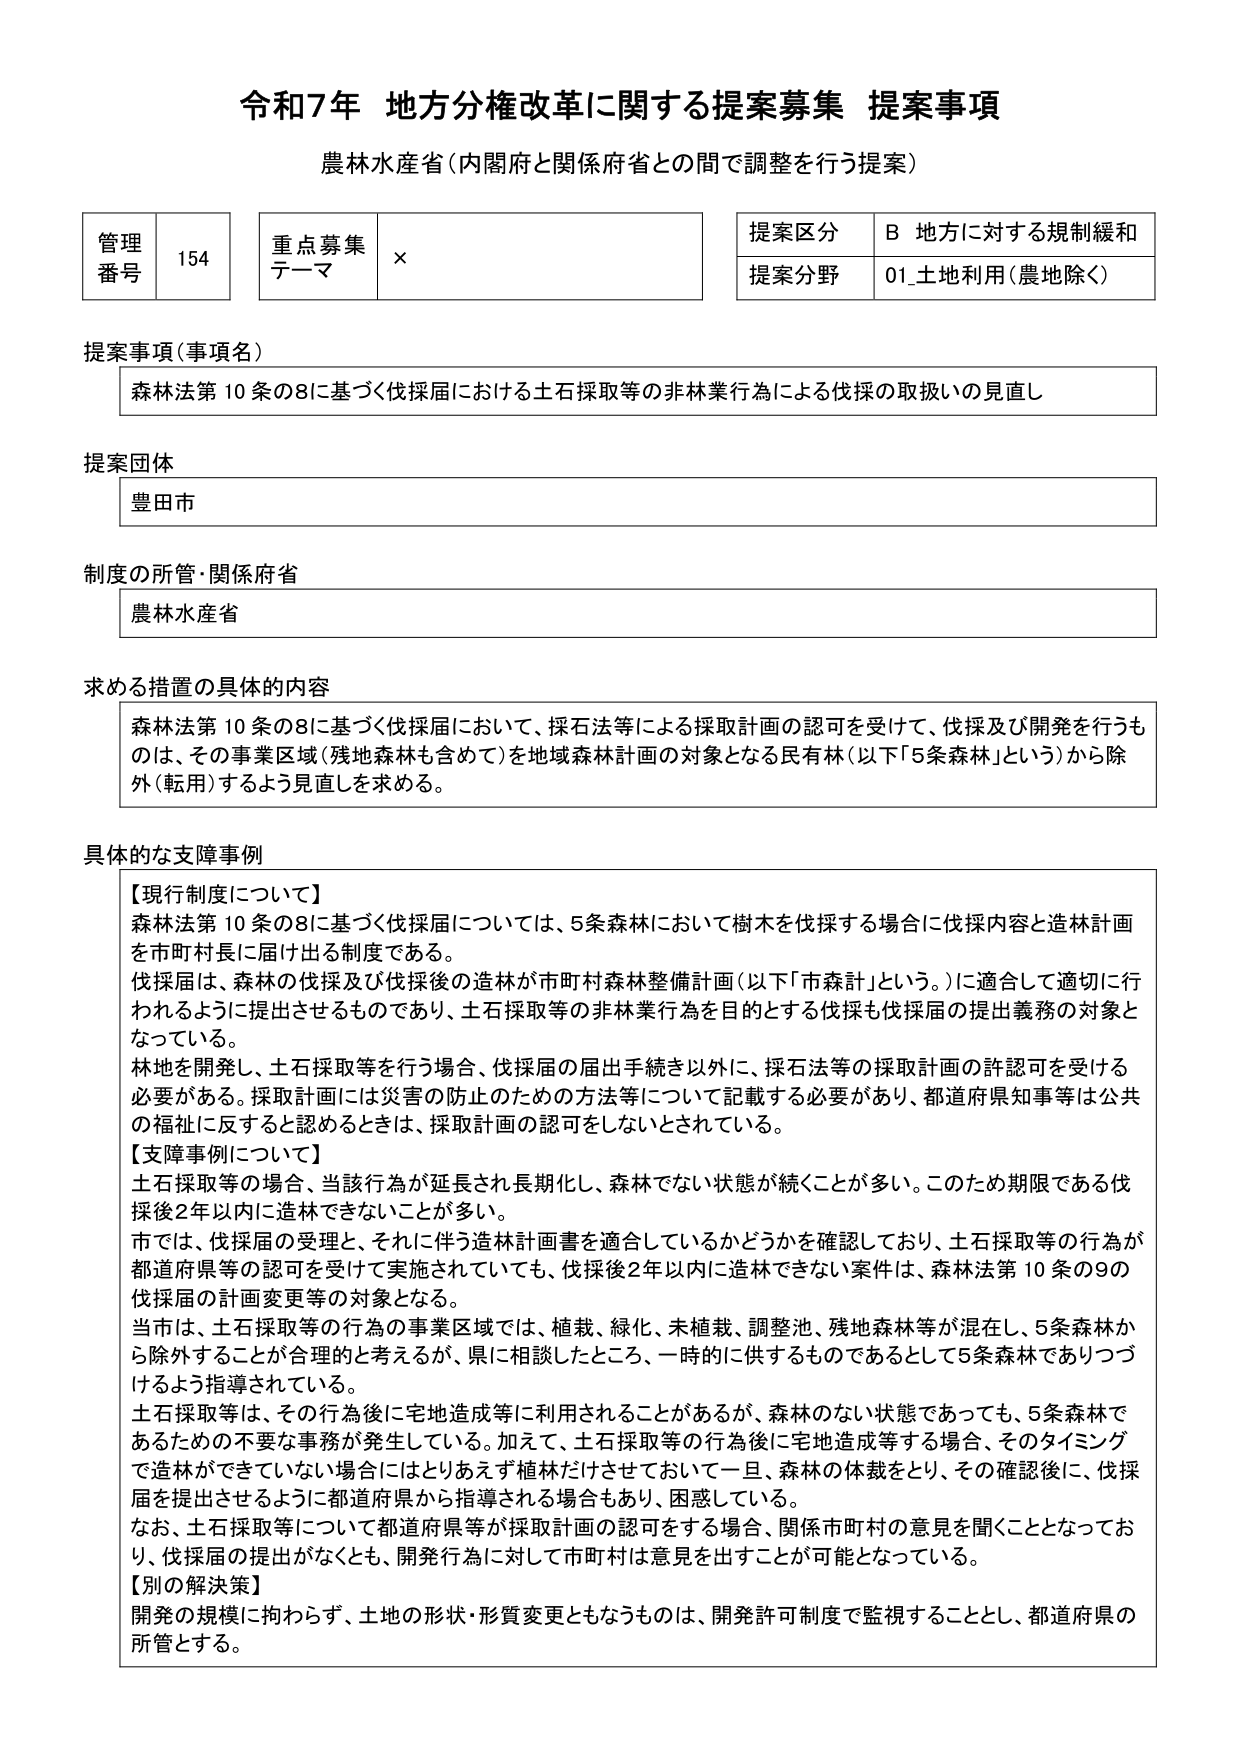
令和7年 地方分権改革に関する提案募集 提案事項
農林水産省（内閣府と関係府省との間で調整を行う提案）

管理番号 154
重点募集テーマ ×
提案区分 B 地方に対する規制緩和
提案分野 01_土地利用（農地除く）

提案事項（事項名）
森法第10条の8に基づく伐採届における土石採取等の非林業行為による伐採の取扱いの見直し

提案団体
豊田市

制度の所管・関係府省
農林水産省

求める措置の具体的内容
森法第10条の8に基づく伐採届において、採石法等による採取計画の認可を受けて、伐採及び開発を行うものは、その事業区域（残地森林も含めて）を地域森林計画の対象となる民有林（以下「5条森林」という）から除外（転用）するよう見直しを求める。

具体的な支障事例
【現行制度について】
森法第10条の8に基づく伐採届については、5条森林において樹木を伐採する場合に伐採内容と造林計画を市町村長に届け出る制度である。
伐採届は、森林の伐採及び伐採後の造林が市町村森林整備計画（以下「市森計」という。）に適合して適切に行われるように提出させるものであり、土石採取等の非林業行為を目的とする伐採も伐採届の提出義務の対象となっている。
林地を開発し、土石採取等を行う場合、伐採届の届出手続き以外に、採石法等の採取計画の許認可を受ける必要がある。採取計画には災害の防止のための方法等について記載する必要があり、都道府県知事等は公共の福祉に反すると認めるときは、採取計画の認可をしないとされている。

【支障事例について】
土石採取等の場合、当該行為が延長され長期化し、森林でない状態が続くことが多い。このため期限である伐採後2年以内に造林できないことが多い。
市では、伐採届の受理と、それに伴う造林計画書を適合しているかどうかを確認しており、土石採取等の行為が都道府県等の認可を受けて実施されていても、伐採後2年以内に造林できない案件は、森林法第10条の9の伐採届の計画変更等の対象となる。
当市は、土石採取等の行為の事業区域では、植栽、緑化、未植栽、調整池、残地森林等が混在し、5条森林から除外することが合理的と考ええるが、県に相談したところ、一時的に供するものであるとして5条森林でありつづけるよう指導されている。
土石採取等は、その行為後に宅地造成等に利用されることがあるが、森林のない状態であっても、5条森林であるための不要な事務が発生している。加えて、土石採取等の行為後に宅地造成等する場合、そのタイミングで造林ができていない場合にはとりあえず植林だけさせておいて一旦、森林の体裁をとり、その確認後に、伐採届を提出せるように都道府県から指導される場合もあり、困惑している。
なお、土石採取等について、都道府県等が採取計画の認可をする場合、関係市町村の意見を聞くこととなっており、伐採届の提出がなくとも、開発行為に対して市町村は意見を出すことが可能となっている。

【別の解決策】
開発の規模に拘わらず、土地の形状・形質変更ともなるものは、開発許可制度で監視することとし、都道府県の所管とする。